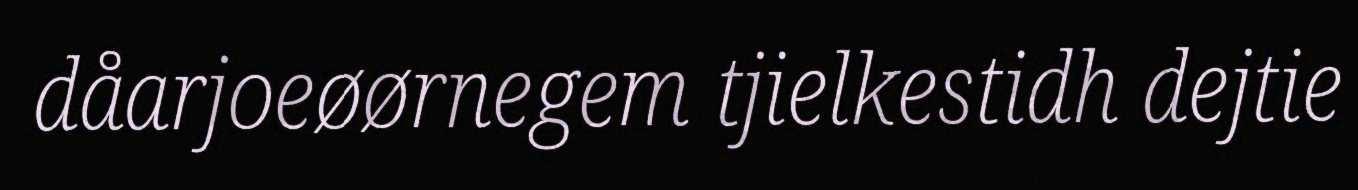
dåarjoeøørnegem tjielkestidh dejtie